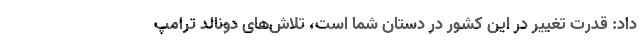
داد: قدرت تغییر در این کشور در دستان شما است، تلاش‌های دونالد ترامپ